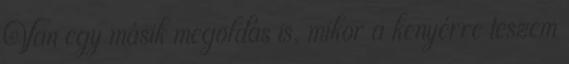
Van egy másik megoldás is, mikor a kenyérre teszem